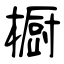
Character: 橱